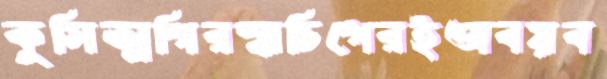
কুসিত্মগিরস্বাচিপেরইঅবয়ব